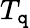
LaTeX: T_{\mathtt{q}}